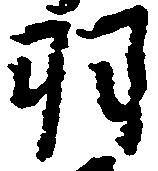
羽